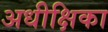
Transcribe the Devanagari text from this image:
अधीक्षिका